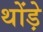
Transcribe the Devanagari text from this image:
थोंड़े